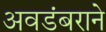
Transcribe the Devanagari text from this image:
अवडंबराने